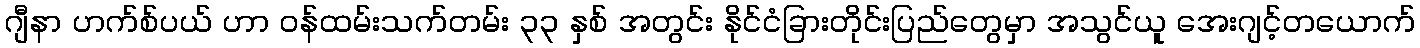
ဂျီနာ ဟက်စ်ပယ် ဟာ ဝန်ထမ်းသက်တမ်း ၃၃ နှစ် အတွင်း နိုင်ငံခြားတိုင်းပြည်တွေမှာ အသွင်ယူ အေးဂျင့်တယောက်